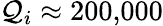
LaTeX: \mathcal{Q}_{i}\approx200{,}000